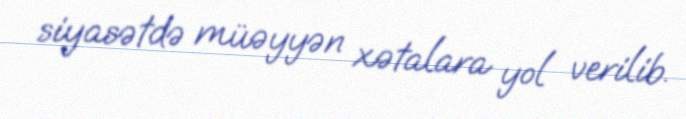
siyasətdə müəyyən xətalara yol verilib.